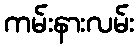
ကမ်းနားလမ်း